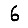
Digit: 6